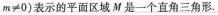
$$m\neq 0$$)表示的平面区域M是一个直角三角形.